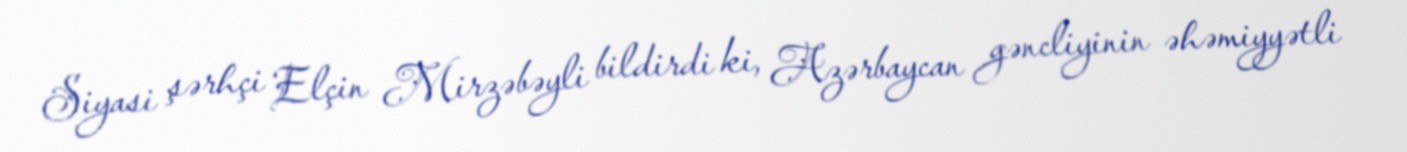
Siyasi şərhçi Elçin Mirzəbəyli bildirdi ki, Azərbaycan gəncliyinin əhəmiyyətli